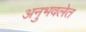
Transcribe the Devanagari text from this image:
अनुभवलेत